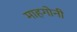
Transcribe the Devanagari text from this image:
माहगोनी